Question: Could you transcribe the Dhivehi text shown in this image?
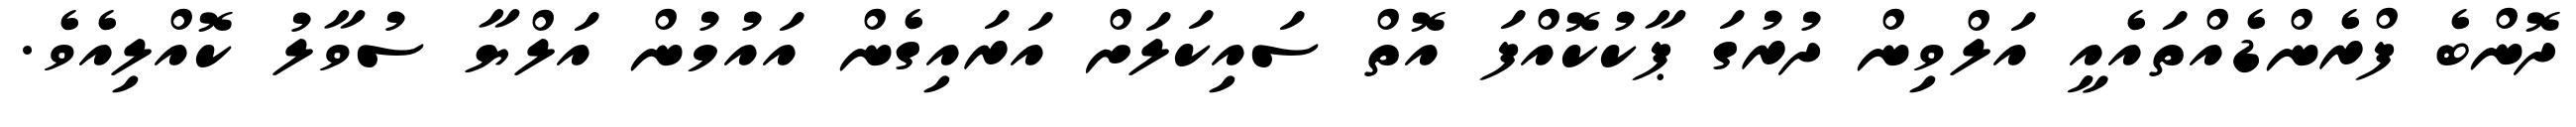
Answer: ދޮންބެ ފްރެންޑެއްތައެއީ އަލްވިން ދުރުގަ ޕާކުކޮއްފަ އޮތް ސައިކަލަށް އަރައިގެން އައުމުން އަލްޔާ ސުވާލު ކޮއްލިއެވެ.